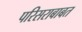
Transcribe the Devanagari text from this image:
परिसराबाबत